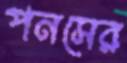
পনসের